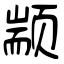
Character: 颛